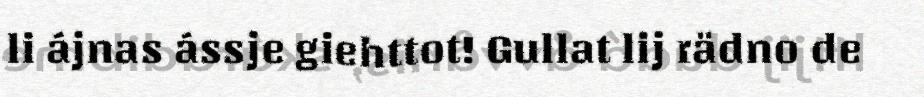
li ájnas ássje giehttot! Gullat lij rädno de